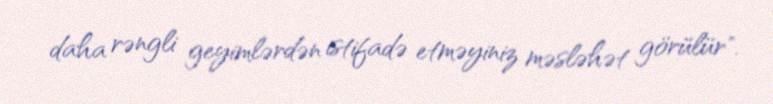
daha rəngli geyimlərdən istifadə etməyiniz məsləhət görülür".